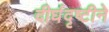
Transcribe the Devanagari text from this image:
दीर्घदृष्टीने